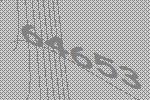
64653